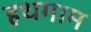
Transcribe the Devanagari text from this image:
हथगाम